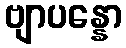
ဗျာပန္နော